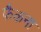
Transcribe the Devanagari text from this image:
फैकना